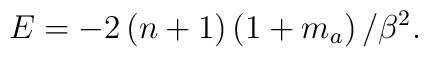
E=-2\left( n+1\right) \left( 1+m_a\right) /\beta ^2.